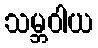
သမ္ဘဝါယ